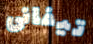
تيفانى